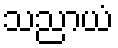
သညာယံ